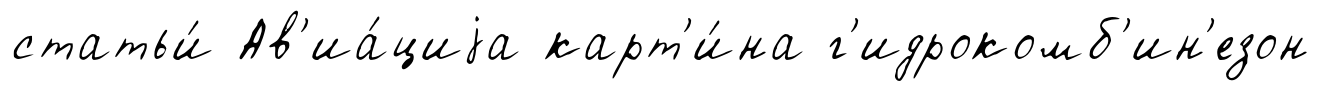
статьи́ Ав'иа́циjа карт'и́на г'идрокомб'ин'езон